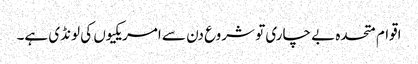
اقوام متحدہ بے چاری تو شروع دن سے امریکیوں کی لونڈی ہے۔